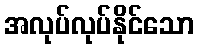
အလုပ်လုပ်နိုင်သော